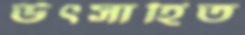
উৎসাহিত